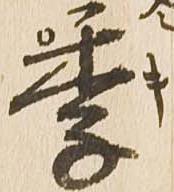
季